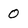
Character: 0